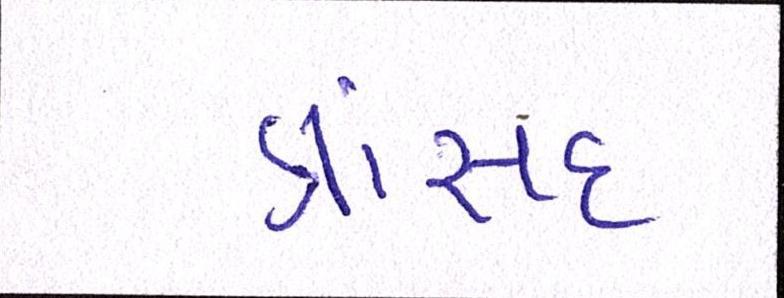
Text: ત્રાંસદ